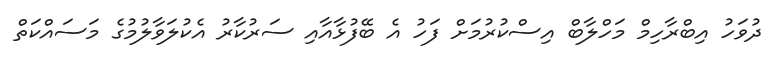
ދުވަހު އިބްރާހިމް މަހްލާބް އިސްކުރުމަށް ފަހު އެ ބޭފުޅާއާއި ސަރުކާރު އެކުލަވާލުމުގެ މަސައްކަތް